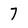
Character: 7